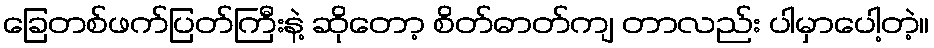
ခြေတစ်ဖက်ပြတ်ကြီးနဲ့ ဆိုတော့ စိတ်ဓာတ်ကျ တာလည်း ပါမှာပေါ့တဲ့။